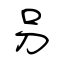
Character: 叧